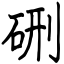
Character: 硎